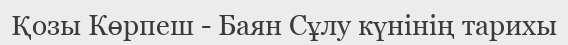
Қозы Көрпеш - Баян Сұлу күнінің тарихы